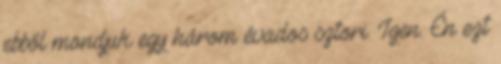
ebből mondjuk egy három évados sztori. Igen. Én ezt